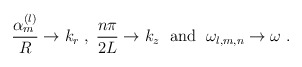
\begin{align*}\frac{\alpha_m^{(l)}}R\to k_r \; , \; \frac{n\pi}{2L}\to k_z \; \mbox{ and } \; \omega_{l,m,n}\to\omega \; .\end{align*}